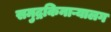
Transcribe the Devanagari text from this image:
समुद्रकिनाऱ्यालग